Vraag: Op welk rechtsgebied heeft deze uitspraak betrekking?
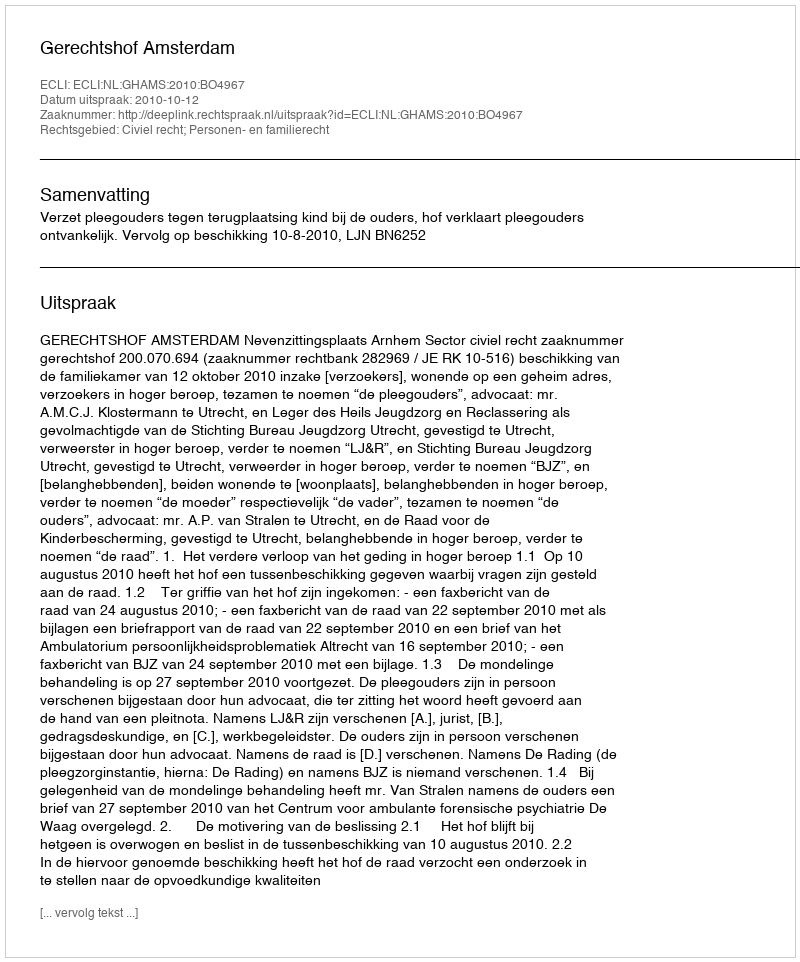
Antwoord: Civiel recht; Personen- en familierecht